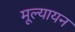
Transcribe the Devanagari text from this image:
मूल्यायन